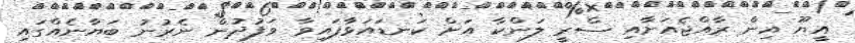
އީޔޫ އިން ރާއްޖެއަށާއި ސްރީ ލަންކާ އަށް ކަނޑައަޅާފައިވާ ވަފުދުން ނެރުނު ބަޔާނެއްގައި